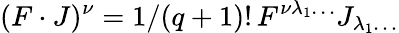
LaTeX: (F\cdot J)^{\nu}=1/(q+1)!\, F^{\nu\lambda_{1}\ldots}J_{\lambda_{1}\ldots}